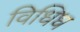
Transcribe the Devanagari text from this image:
विधिध